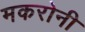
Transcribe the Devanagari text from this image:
मकरोनी